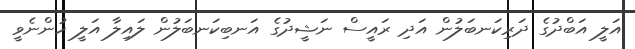
އަލީ އަބްދުގެ ދަރިކަނބަލުން އަދި ރައީސް ނަޝީދުގެ އަނބިކަނބަލުން ލައިލާ އަލީ ހުންނެވީ